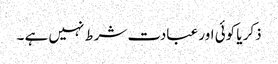
ذکر یا کوئی اور عبادت شرط نہیں ہے ۔